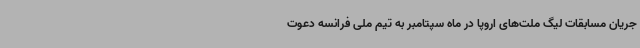
جریان مسابقات لیگ ملت‌های اروپا در ماه سپتامبر به تیم ملی فرانسه دعوت